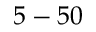
5 - 5 0